Problem: 12 × 5 = ?
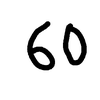
Handwritten answer: 60